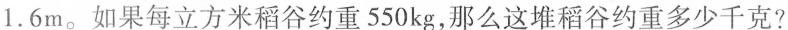
1.6m。如果每立方米稻谷约重550kg，那么这堆稻谷约重多少千克?